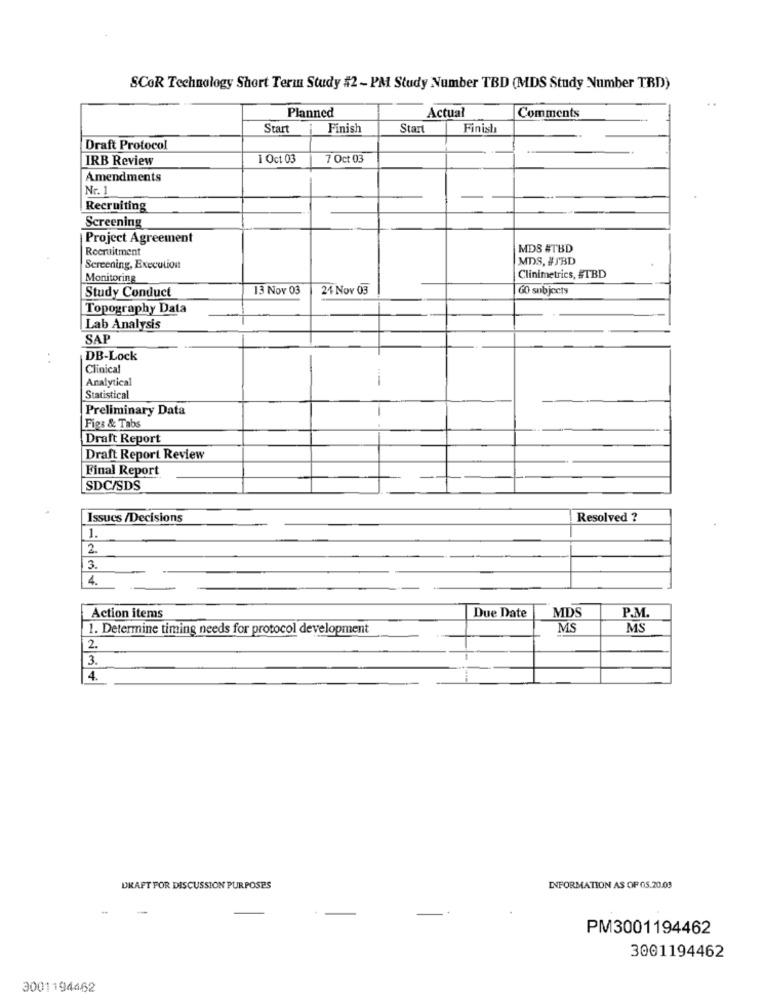
SCOR Technology Short Term Study #2 - PM Study Number TBD (MDS Study Number TRD))
Planned
Actual
Comments
Start
Finish
Start
Finish
Draft Protocol
IRB Review
1 Oct 03
7 Oct 03
Amendments
Nr. 1
Recruiting
Screening
Project Agreement
Recruitment
MDS #TBD
MDS, #SBD
Screening, Execution
Monitoring
Clinimetrics, STBD
Study Conduct
13 Nov 03
24 Nov 03
GO subjects
Topography Data
Lab Analysis
SAP
. .
DB-Lock
Clinical
Analytical
Statistical
Preliminary Data
Fies & Tabs
Draft Report
Draft Report Review
Final Report
SDC/SDS
Issues /Decisions
Resolved ?
1.
2.
3.
4.
Due Date
Action items
MDS
P.M.
1. Determine timing needs for protocol development
MS
MS
2.
3.
4.
DRAFT FOR DISCUSSION PURPOSES
INFORMATION AS OF 05.20.03
PM3001194462
3001194462
3001194462